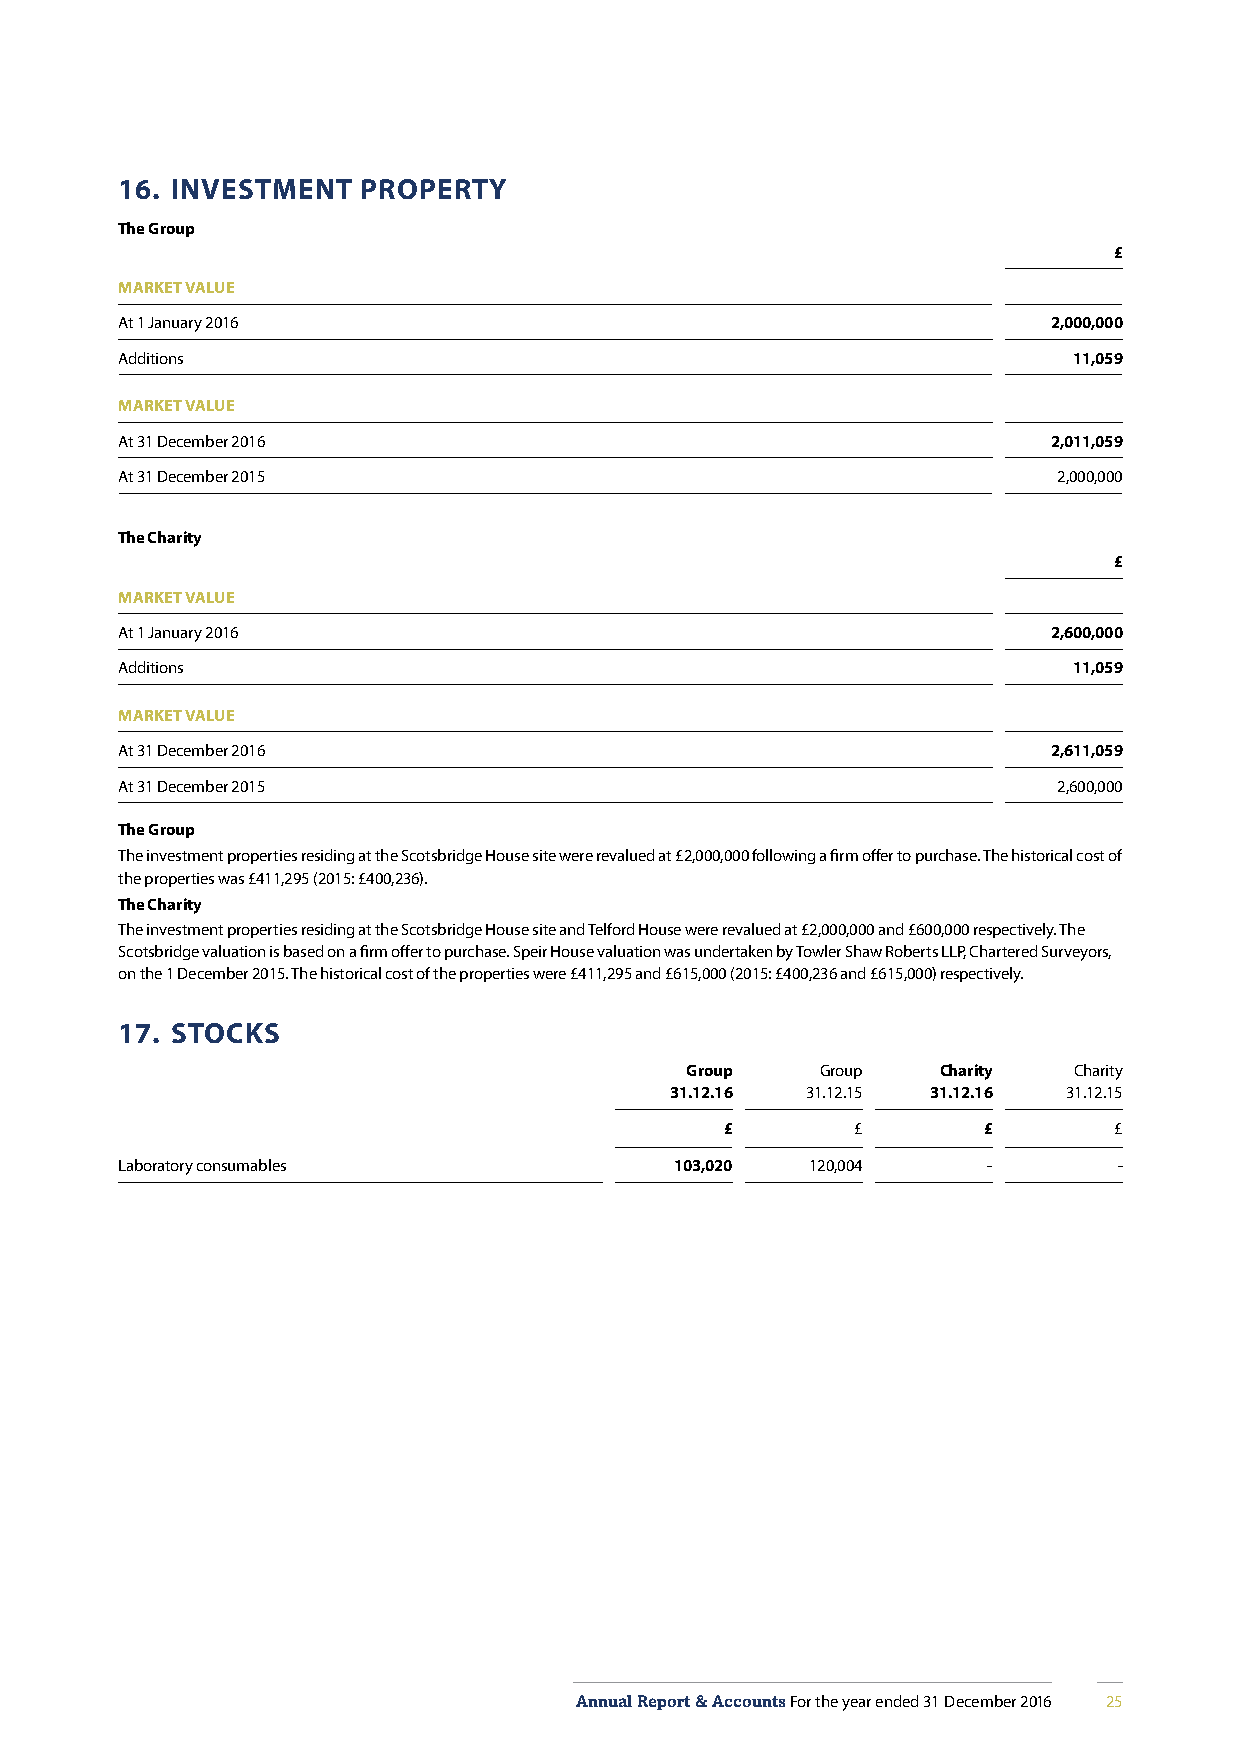
16. INVESTMENT  PROPERTY
 The Group
 £
 MARKET VALUE
 At 1 January 2016                                             2,000,000
 Additions                                                      11,059
 MARKET VALUE
 At 31 December 2016                                           2,011,059
 At 31 December 2015                                           2,000,000
 The Charity
 £
 MARKET VALUE
 At 1 January 2016                                             2,600,000
 Additions                                                      11,059
 MARKET VALUE
 At 31 December 2016                                           2,611,059
 At 31 December 2015                                           2,600,000
 The Group
 The investment properties residing at the Scotsbridge House site were revalued at £2,000,000 following a firm offer to purchase. The historical cost of
 the properties was £411,295 (2015: £400,236).
 The Charity
 The investment properties residing at the Scotsbridge House site and Telford House were revalued at £2,000,000 and £600,000 respectively. The
 Scotsbridge valuation is based on a firm offer to purchase. Speir House valuation was undertaken by Towler Shaw Roberts LLP, Chartered Surveyors,
 on the 1 December 2015. The historical cost of the properties were £411,295 and £615,000 (2015: £400,236 and £615,000) respectively.
 17. STOCKS
 Group    Group   Charity  Charity
 31.12.16 31.12.15 31.12.16 31.12.15
 £        £       £        £
 Laboratory consumables               103,020  120,004    -        -
 Annual Report & Accounts For the year ended 31 December 2016 25